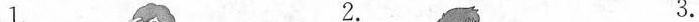
1. 2. 3.